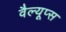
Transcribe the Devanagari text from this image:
वैल्यूप्स